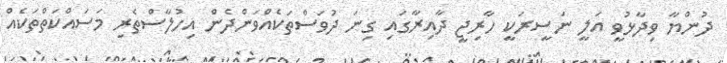
ދުންޔާ ވިދާޅުވީ އަލީ ނަސީރަކީ ހާރިޖީ ދާއިރާގައި ގިނަ ދުވަސްތަކެއްވަންދެން އިހުލާސްތެރި މަސައްކަތްތަކެއް